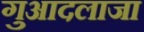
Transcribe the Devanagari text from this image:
गुआदलाजा